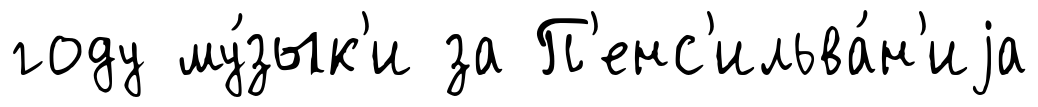
году му́зык'и за П'енс'ильва́н'иjа